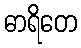
ဓာရိတေ